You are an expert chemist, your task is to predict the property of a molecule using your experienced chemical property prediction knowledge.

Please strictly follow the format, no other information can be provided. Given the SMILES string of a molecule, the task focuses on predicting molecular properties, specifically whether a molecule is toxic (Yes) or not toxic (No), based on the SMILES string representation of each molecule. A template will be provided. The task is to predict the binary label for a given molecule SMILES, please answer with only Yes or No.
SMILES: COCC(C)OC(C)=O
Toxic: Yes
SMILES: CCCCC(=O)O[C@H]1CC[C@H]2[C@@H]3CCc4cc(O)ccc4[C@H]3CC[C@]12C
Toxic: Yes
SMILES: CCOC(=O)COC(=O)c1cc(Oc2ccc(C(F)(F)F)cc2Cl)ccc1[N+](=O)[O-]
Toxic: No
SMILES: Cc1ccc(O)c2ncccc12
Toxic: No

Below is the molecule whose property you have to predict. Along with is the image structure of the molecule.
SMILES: CCCCCCCCn1sccc1=O
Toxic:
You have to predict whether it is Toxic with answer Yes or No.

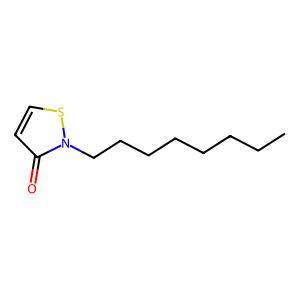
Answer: No